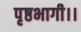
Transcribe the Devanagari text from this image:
पृष्ठभागी।।